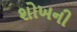
શોખની